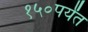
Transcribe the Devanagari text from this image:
१५०पर्यंत